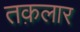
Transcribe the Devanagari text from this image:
तक़लार